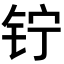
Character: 𬬾